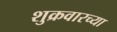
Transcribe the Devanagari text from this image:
शुक्रवारच्या